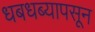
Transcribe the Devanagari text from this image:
धबधब्यापसून